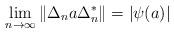
LaTeX: \begin{align*}\lim_{n\to\infty}\|\Delta_n a \Delta_n^*\|=|\psi(a)|\end{align*}